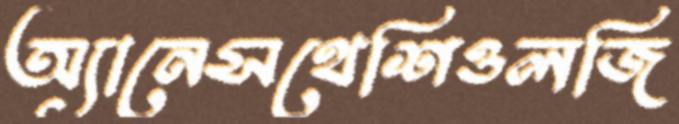
অ্যানেসথেশিওলজি